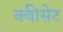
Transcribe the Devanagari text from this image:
क्वीसेट